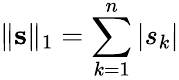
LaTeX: \| \mathbf{s}\| _{1}=\sum_{k=1}^{n}\left|s_{k}\right|